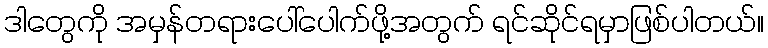
ဒါတွေကို အမှန်တရားပေါ်ပေါက်ဖို့အတွက် ရင်ဆိုင်ရမှာဖြစ်ပါတယ်။